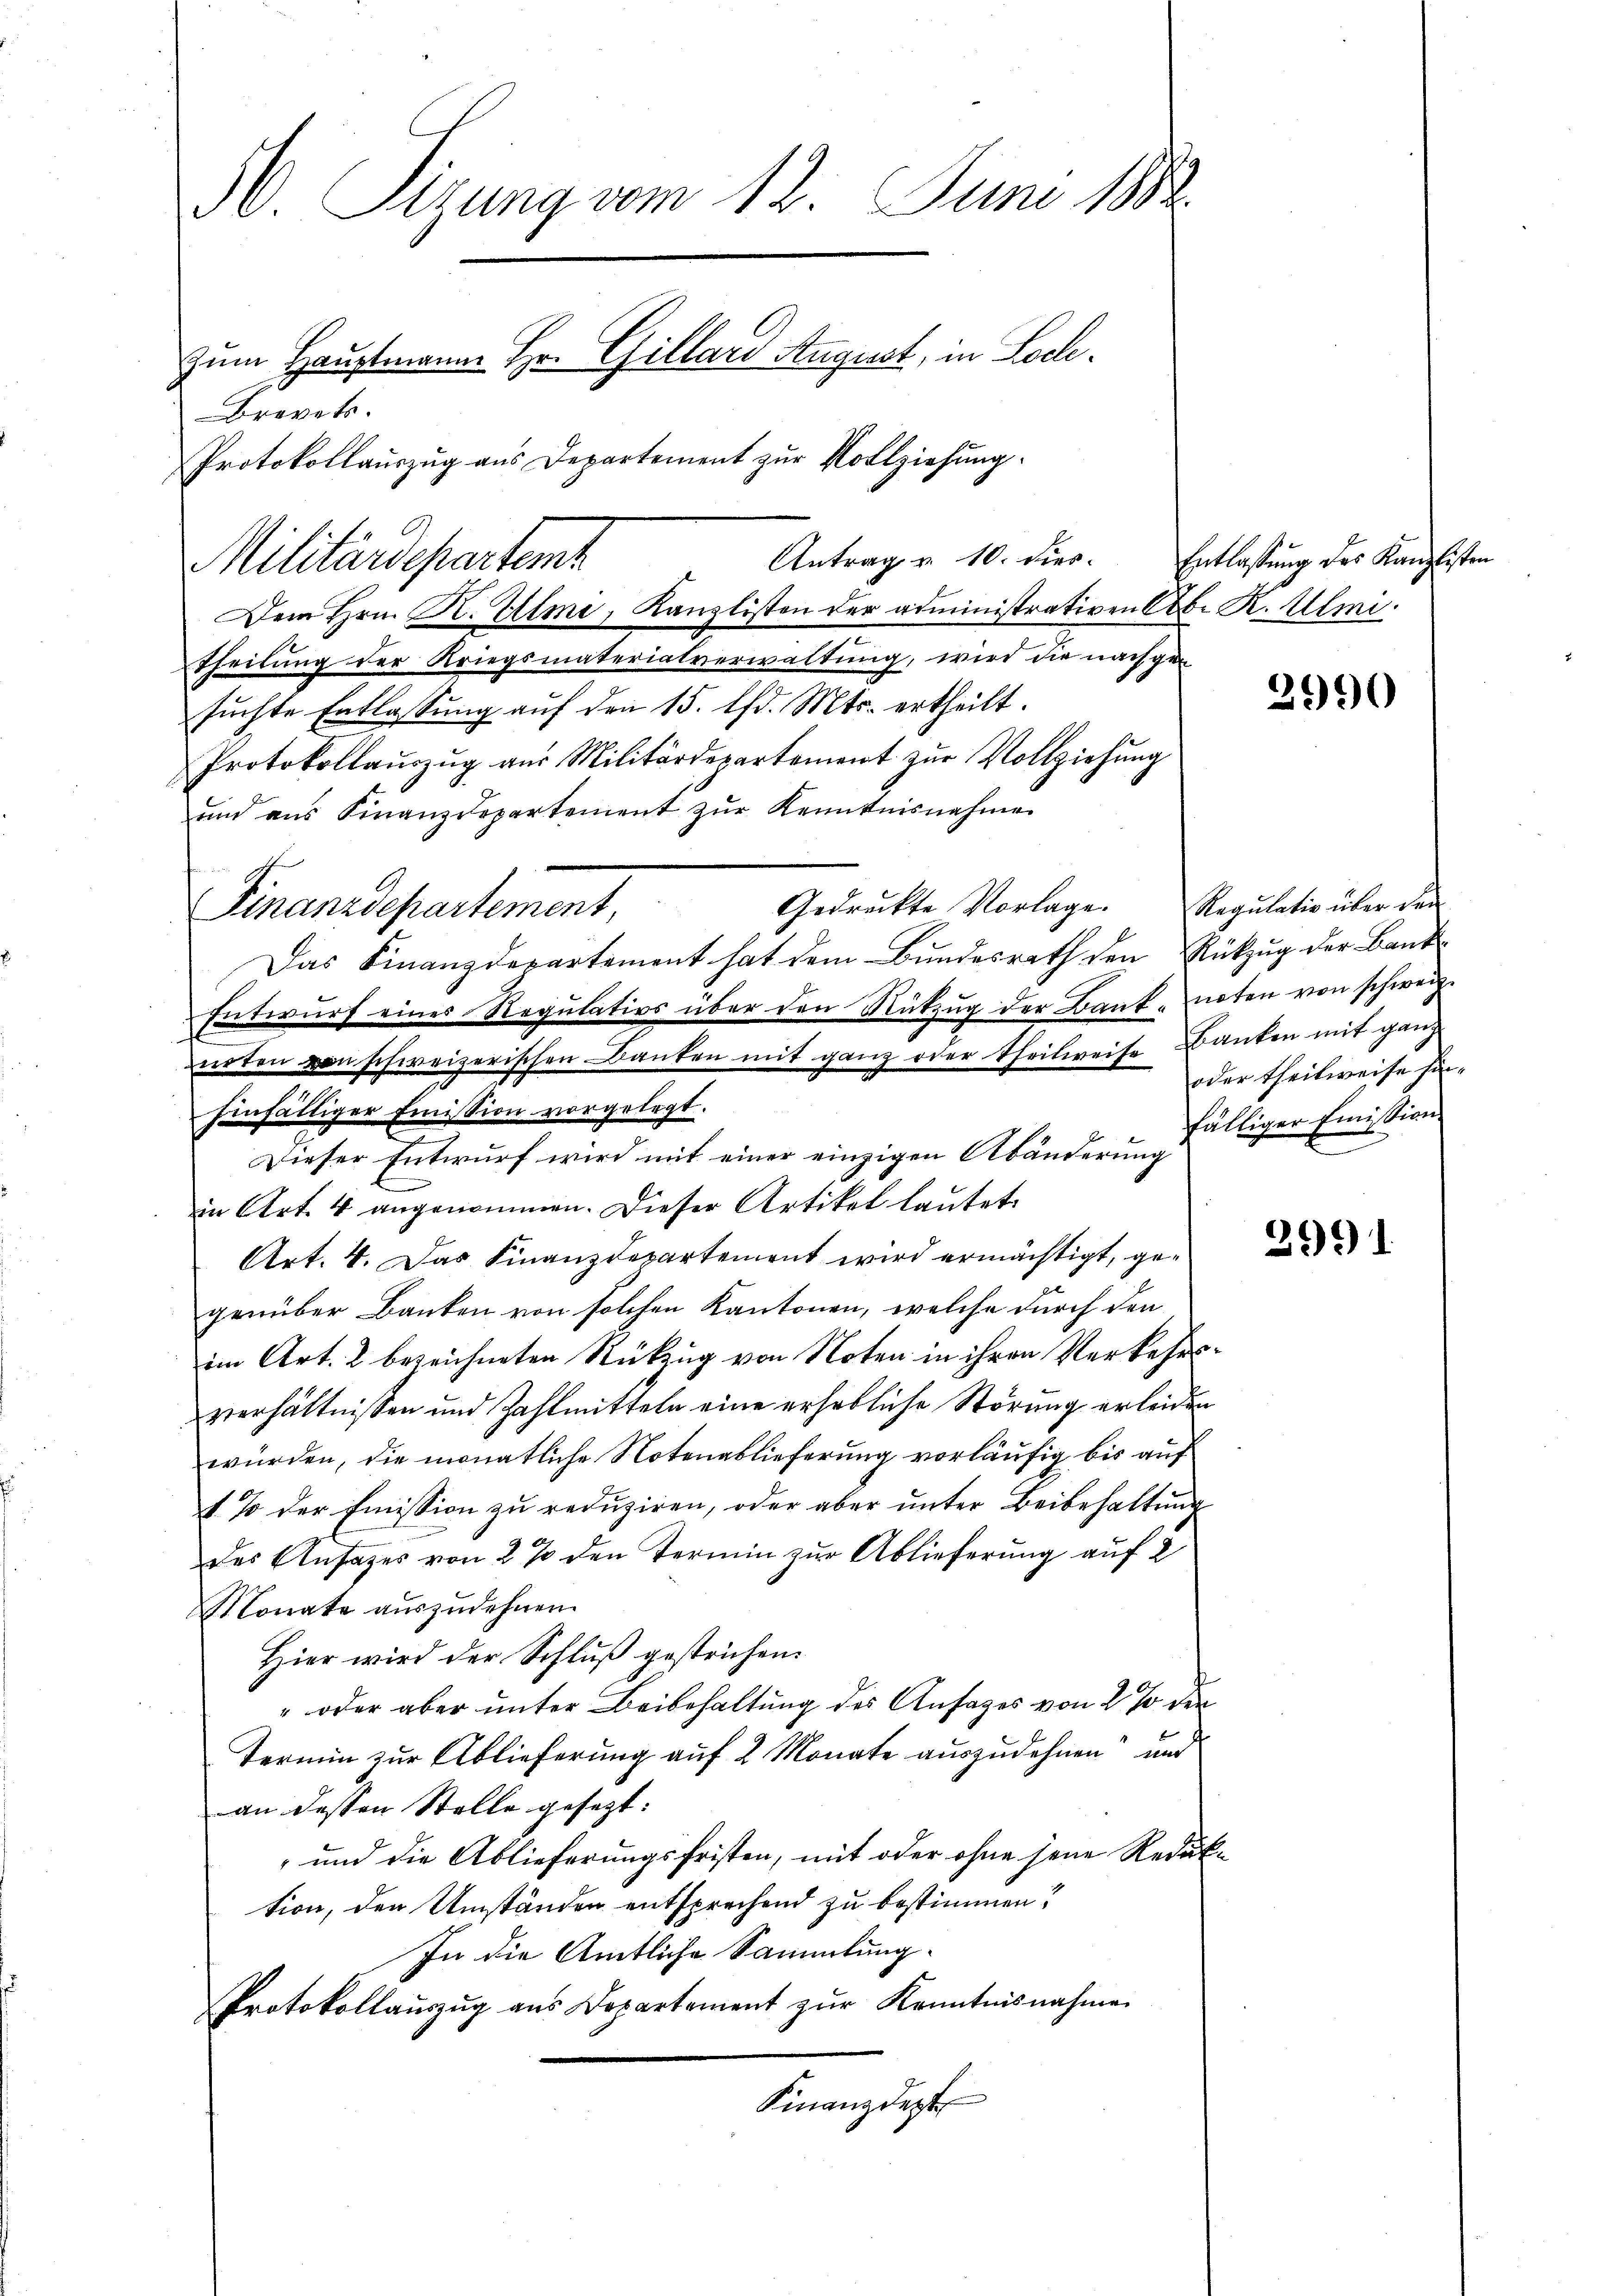
M. Sizung vom 12. Juni 1882.
zum Hauptmanne Hr. Gillard August, in Loch¬
Brevet.
Protokollauszug aus Departement zur Vollziehung.

Dem Hrn. H. Ulme, Kanzlisten der administrativen Cob. R. Ulmi.
Theilung der Kriegsmaterialverwaltung, wird die nachgesuchte Entlassung auf den 15. d. Mts. ertheilt.
Protokollauszug aus Militärdepartement zur Vollziehung
und ans Finanzdepartement zŭr Kenntnisnahme
Gedrückte Vorlage. Regulativ über den
Das Finanzdepartement hat dem Bundesrath den Rükzug der Bank¬
Entwurf eines Regulativs über den Rückzug der Banknoten von schweiz.
irten von schweizerischen Banken mit ganz oder Theilweise Banken mit ganz
hinfälliger Emission vorgelegt.
Dieser Entwurf wird mit einer einzigen Abänderung
in Art. 4 angenommen. Dieser Artikel laŭtet.
Art. 4. Das Finanzdepartement wird ermächtigt, gegenüber Banken von solchen Kantonen, welche durch den
im Art. 2 bezeichneten Rückzug von Noten in ihren Verkehrsverhältnissen und Zahlmitteln eine erhebliche Störung erleiden
würden, die monatliche Notenablieferung vorläufig bis auf
1 % der Emission zu reduziren, oder aber unter Beibehaltung
das Ansages von 2 % den Termin zur Ablieferung auf 2
Monate auszudehnen.
Hier wird der Schluß gestrichen.
" oder aber unter Beibehaltung des Ansages von 2 % der
Termin zur Ablieferung auf 2 Monate auszudehnen“ und
an dessen Stelle gesetzt:
 und die Ablieferungsfristen, mit oder ohne jene Reduktion, den Umständen entsprechend zu bestimmen?
In die Amtliche Sammlung.
Protokollaŭszŭg ans Departement zŭr Kenntnisnahme
Finanzdept

Antrag u. 10. dies
Militärdepartemt

Finanzdepartement,

Entlassung des Kanzlisten

oder theilweise hinfälliger Emission

2990

2991